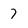
Character: 7